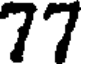
77